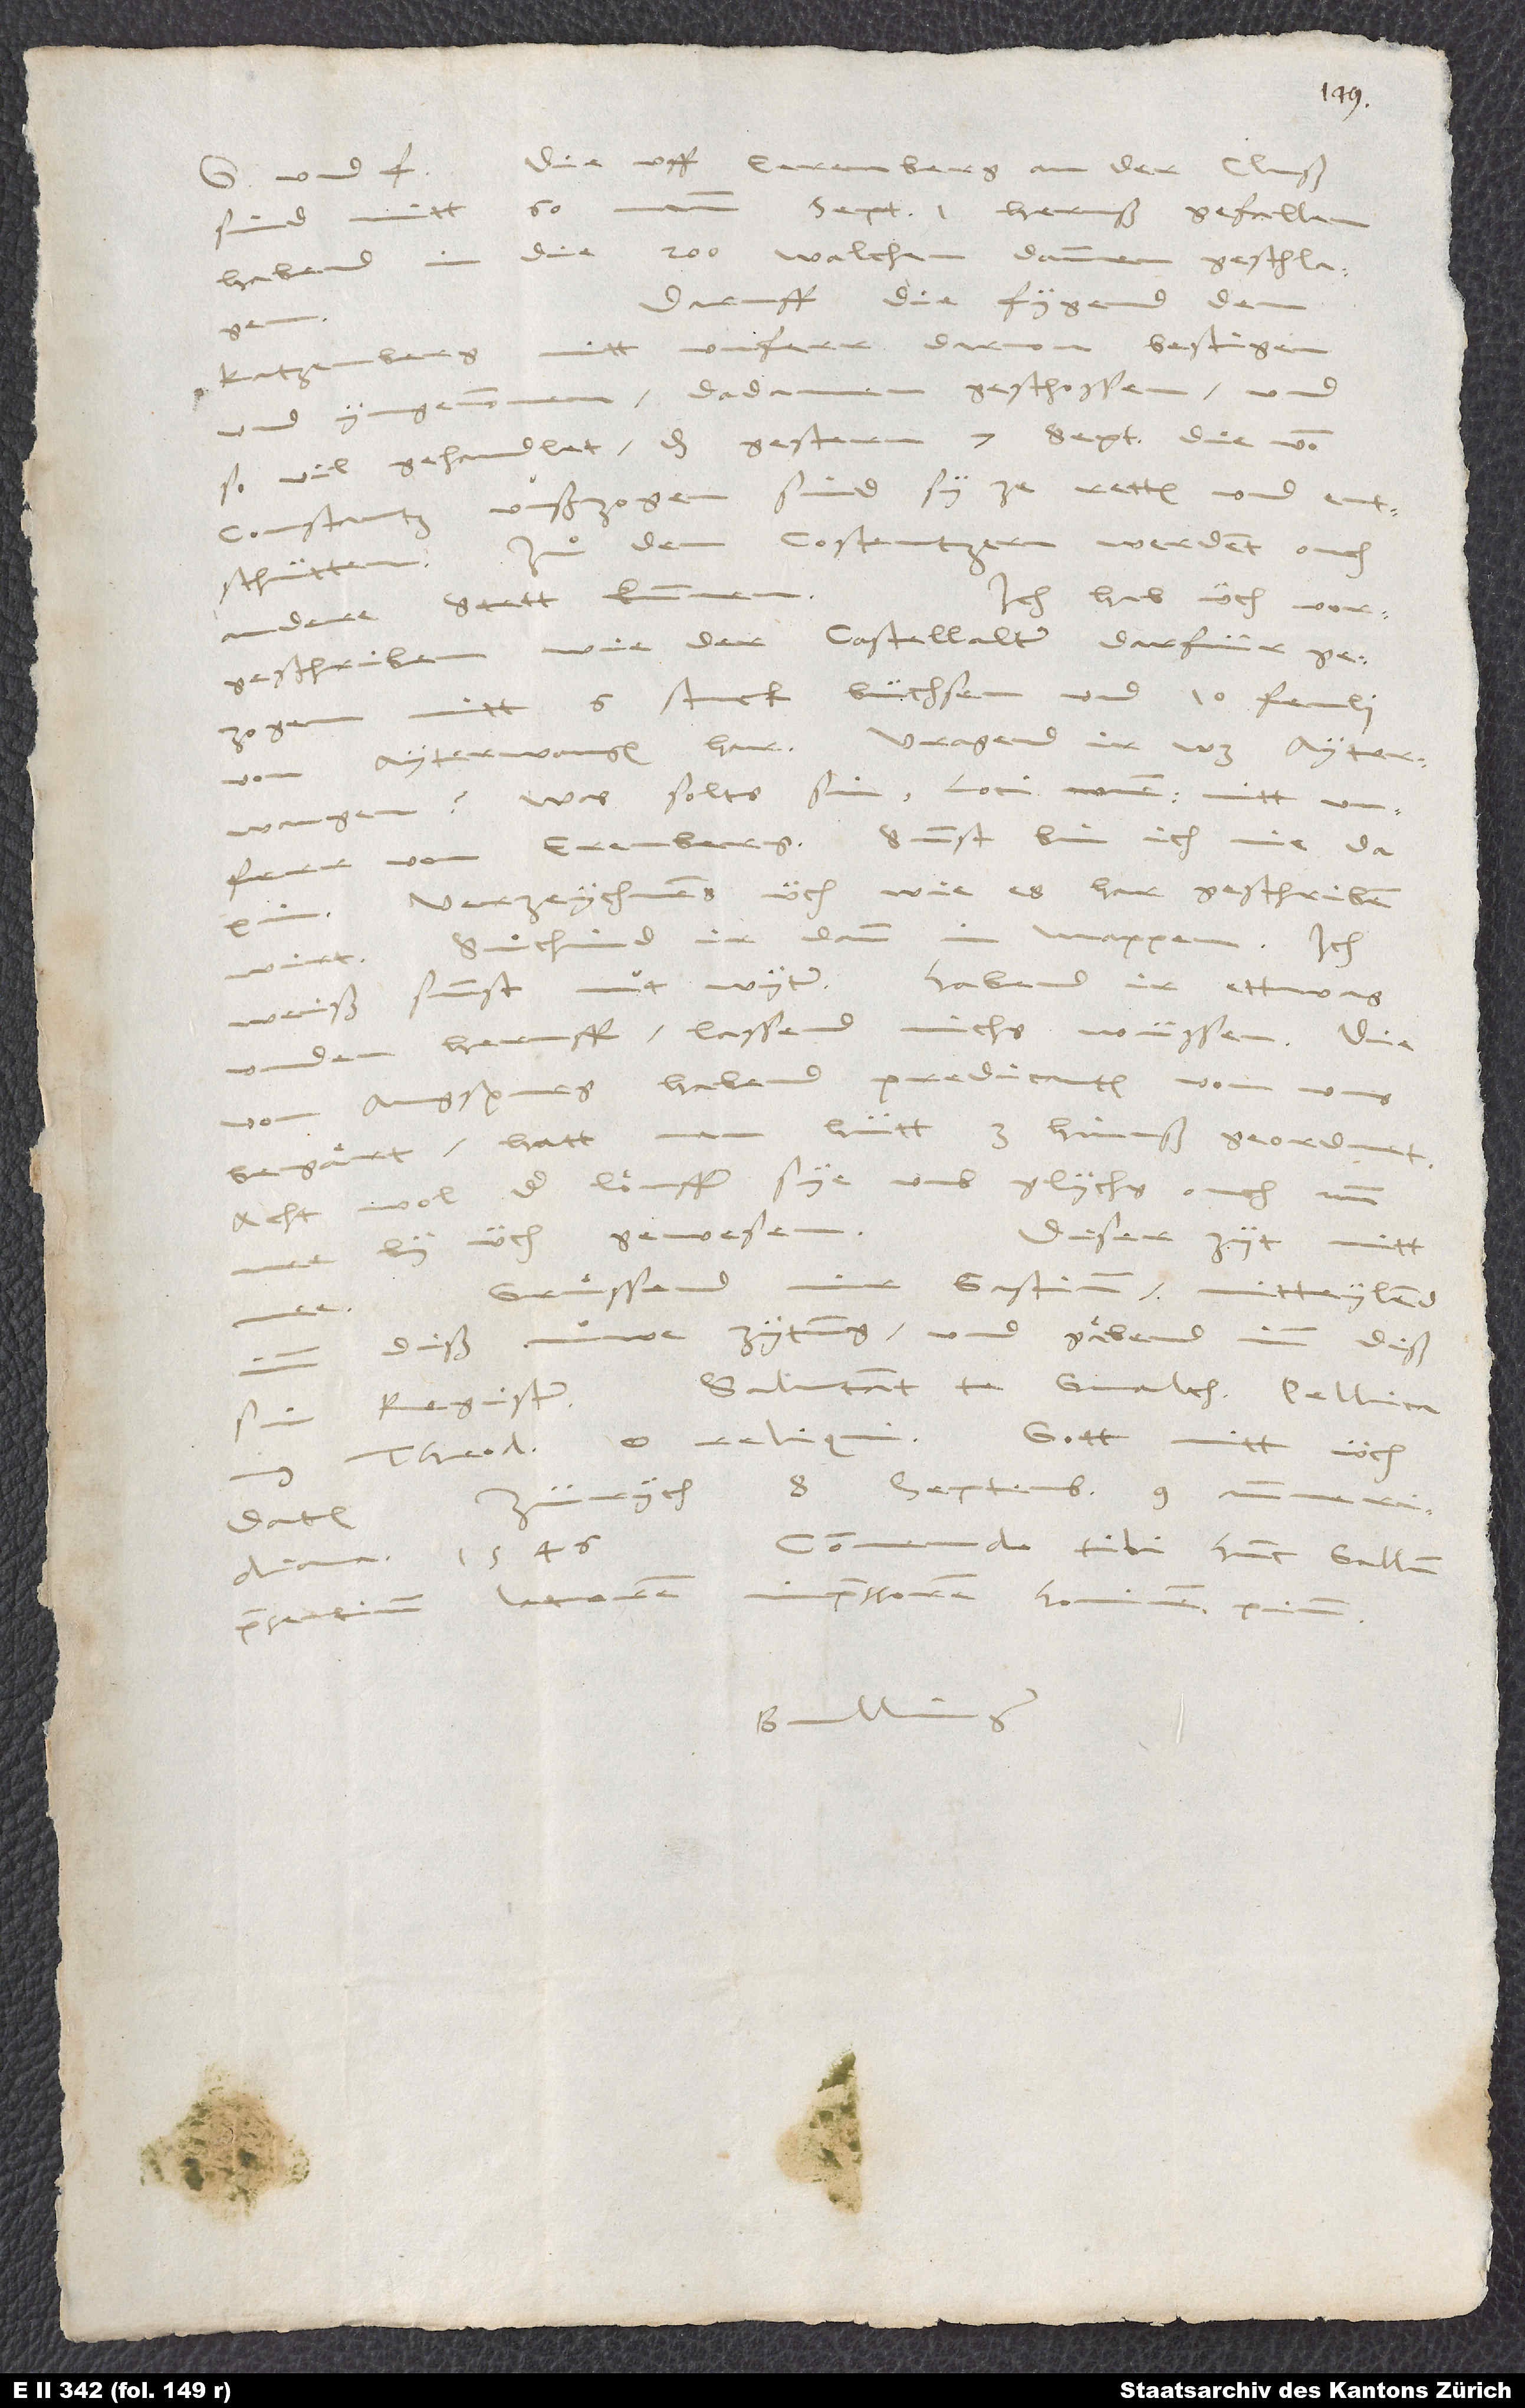
Die uff Eerenberg an der
d.
september 1. heruß gefallen.
sind mitt 60
Habend in die 200 Walchen dannen geschlagen.
Daruff die fygend den
Katzenberg nitt unferr darvon bestigen
und yngenommen, dadannen geschossen und
so vil gehandlet, das gestern 7. septembris die von
Constantz uußzogen sind, sy ze retten und
Zuͦ den Costentzern werdent ouch
entschütten.
Ich hab üch vor
andere stett kummen.
geschriben, wie der Castellalter darfür gezogen
6 stuck büchsen und 10 fenli
Ayterwangen har. Vragend ir, was Ayterwangen?
Was solts sin? Loci nomen, nitt unferr
von Erenberg. Sunst bin ich nie da
Verzeychnens üch, wie es har geschriben
Suͦchend ir dann in
mappen. Ich
wirt.
unden heruff, lassend michs wüssen. Die
von Augspurg habend predicanten von uns
hütt 3 hinuß geordnet.
begaͤrt. Hatt
Acht wol, der löuffer sye umb glychs ouch nun
Diser zyt
mer by üch gewesen.
mitt
Gruͤssend mir Gastium, mitteylend
diß nuwe zytung und gaͤbend imm diß
Salutant te Gvaltherus, Pellicanus,
sin register.
Gott mitt üch.
Theodorus et reliqui.
Zürych, 8. septembris, 9. antemeridiana,
Datum
Commendo tibi hunc Gallum
praesentium latorem, impressorem, hominem pium.
Bullinger.